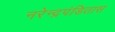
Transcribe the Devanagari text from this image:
नरेन्द्रपंडितास